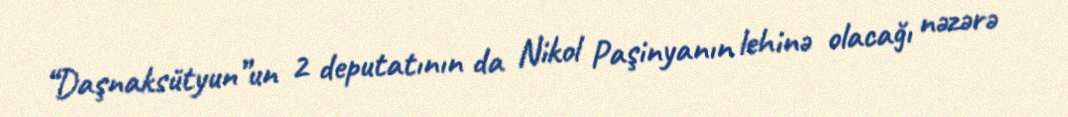
“Daşnaksütyun”un 2 deputatının da Nikol Paşinyanın lehinə olacağı nəzərə